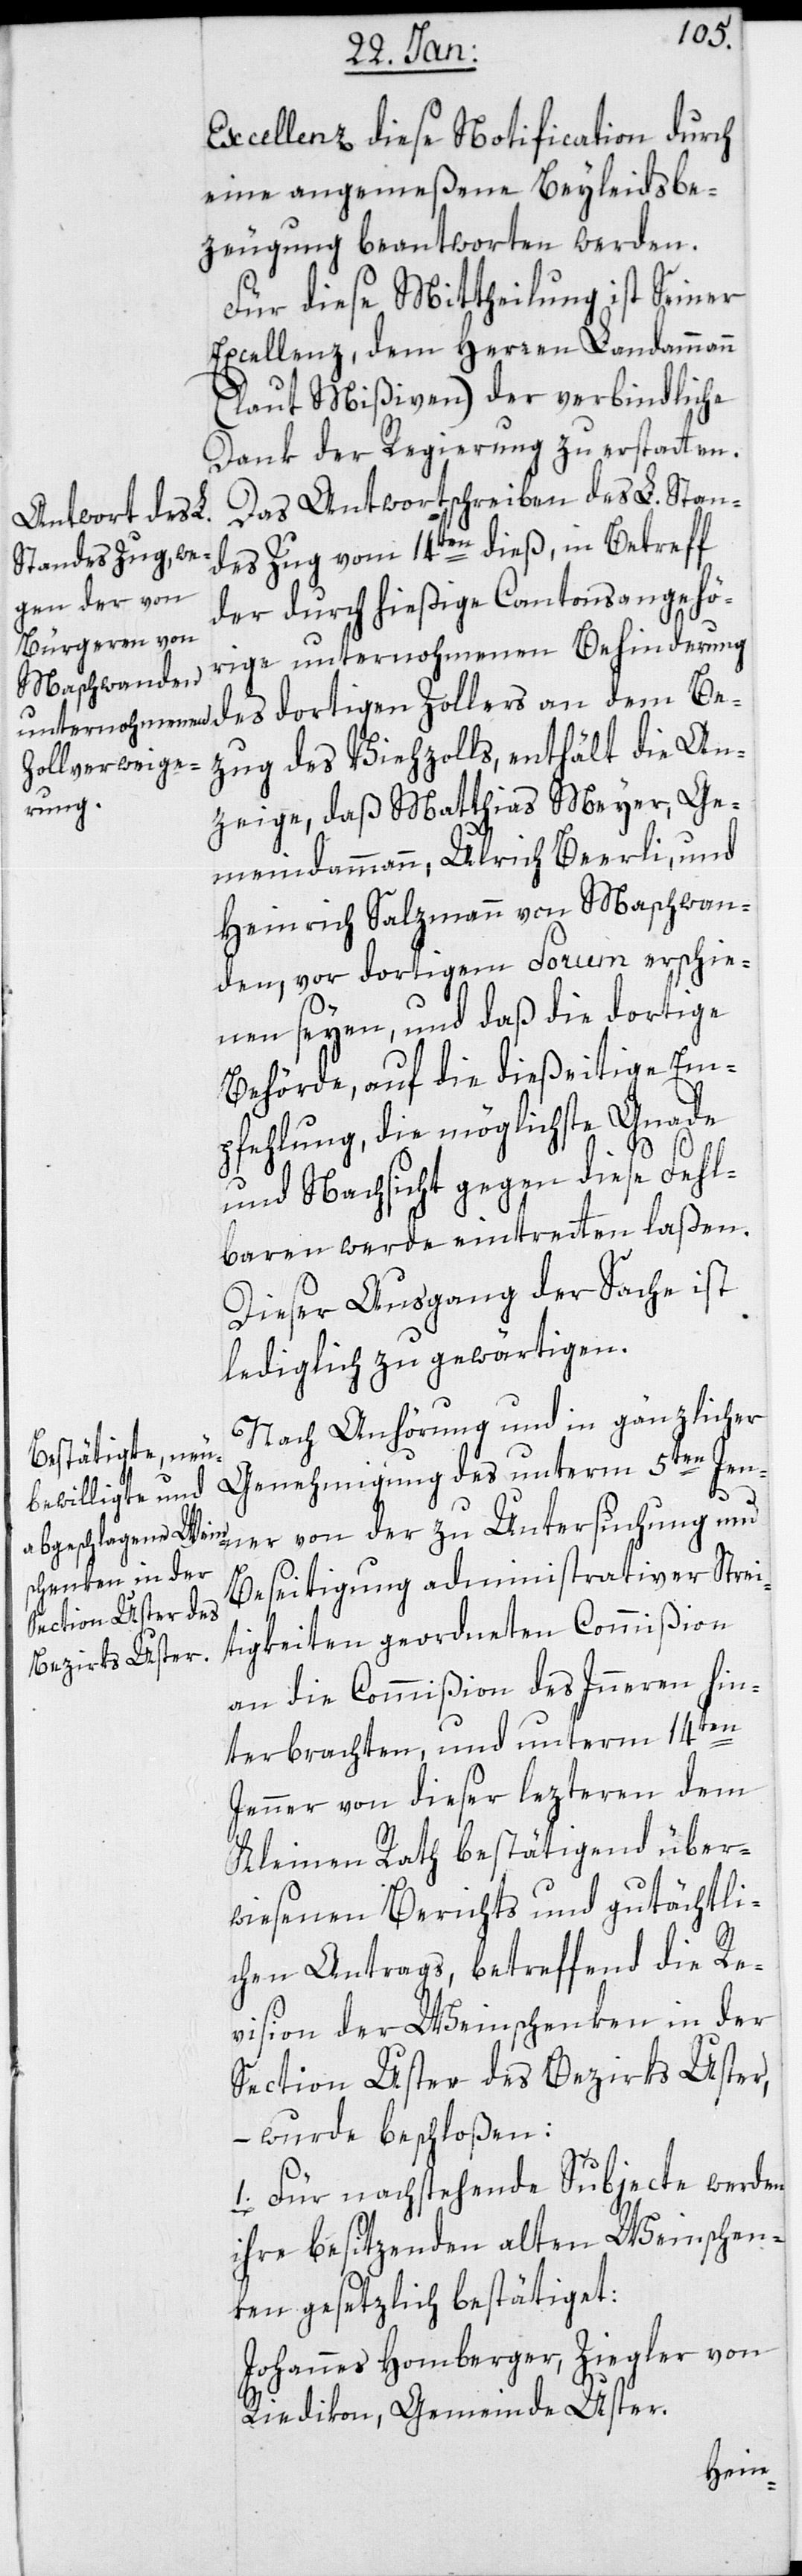
Excellenz diese Notification durch
eine angemeßene Beyleidsbe¬
zeugung beantworten werden.
Für diese Mittheilung ist Seiner
Excellenz dem Herren Landamman
(laut Mißiven) der verbindliche
Dank der Regierung zu erstatten.
Das Antwortschreiben des L. Stan¬
des Zug vom 14ten dieß, in Betreff
der durch hießige Cantonsangehö¬
rige unternohmenen Behinderung
zug des Viehzolls, enthält die An¬
zeige, daß Matthias Meyer, Ge¬
meindammann, Ulrich Beerli und
Heinrich Salzmann von Maschwan¬
den, vor dortigem Forum erschie¬
nen seyen, und daß die dortige
Behörde, auf die dießeitige Em¬
pfehlung, die möglichste Gnade
und Nachsicht gegen diese Fehl¬
baren werde eintreten laßen.
Dieser Ausgang der Sache ist
lediglich zu gewärtigen.
Nach Anhörung und in gänzlicher
Genehmigung des unterm 5ten Jen¬
ner von der zu Untersuchung und
Beseitigung administrativer Strei¬
tigkeiten geordneten Commißion
an die Commißion des Innern hin¬
Be¬
terbrachten, und unterm 14ten
Jenner von dieser letzteren dem
Kleinen Rath bestätigend über¬
wiesenen Berichts und gutächtli¬
chen Antrags, betreffend die Re¬
vision der Weinschenken in der
Section Uster des Bezirks Uster,
– wurde beschloßen:
1. Für nachstehende Subjecte werden
ihre besitzenden alten Weinschen¬
ken gesetzlich bestätiget:
Johannes Homberger, Ziegler von
Riedikon, Gemeinde Uster.